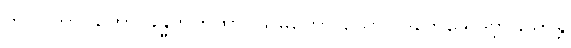
ဘာဝါဘာဝတော ခန္ဓကကထာ ဩမကော ယောဂါဒိဘေဒေ ဒုဗ္ဘာသိတန္တိ